Annual administration report of the Civil Veterinary Department of India - 1896-1897
Year: 1896
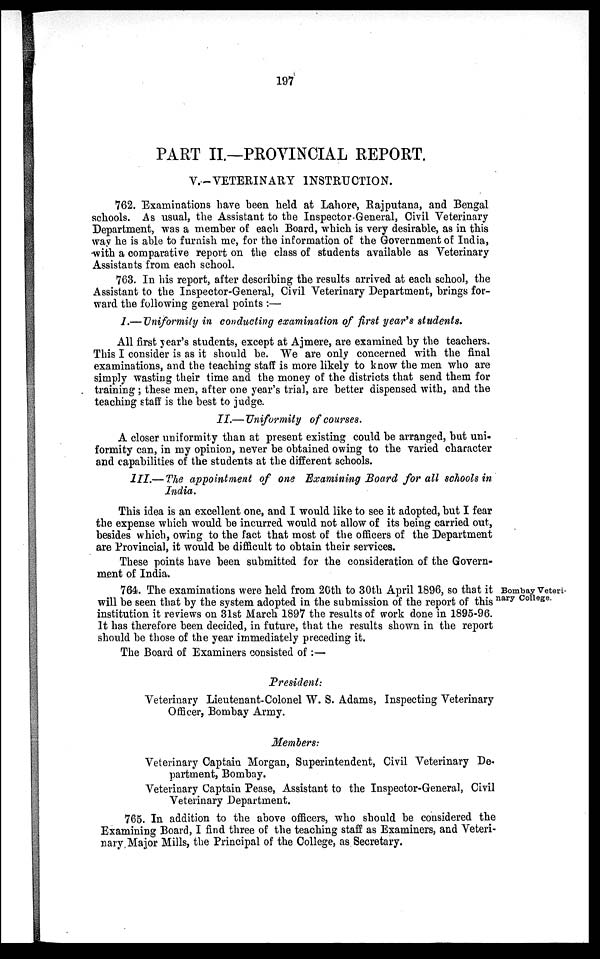
197
PART II.—PROVINCIAL REPORT.
V.—VETERINARY INSTRUCTION.
762. Examinations have been held at Lahore, Rajputana, and Bengal
schools. As usual, the Assistant to the Inspector-General, Civil Veterinary
Department, was a member of each Board, which is very desirable, as in this
way he is able to furnish me, for the information of the Government of India,
with a comparative report on the class of students available as Veterinary
Assistants from each school.
763. In his report, after describing the results arrived at each school, the
Assistant to the Inspector-General, Civil Veterinary Department, brings for-
ward the following general points:—
I.—Uniformity in conducting examination of first year's students.
All first year's students, except at Ajmere, are examined by the teachers.
This I consider is as it should be. We are only concerned with the final
examinations, and the teaching staff is more likely to know the men who are
simply wasting their time and the money of the districts that send them for
training; these men, after one year's trial, are better dispensed with, and the
teaching staff is the best to judge.
II.—Uniformity
of courses.
A closer uniformity than at present existing could be arranged, but uni-
formity can, in my opinion, never be obtained owing to the varied character
and capabilities of the students at the different schools.
III.—The appointment of one Examining Board for all schools in
India.
This idea is an excellent one, and I would like to see it adopted, but I fear
the expense which would be incurred would not allow of its being carried out,
besides which, owing to the fact that most of the officers of the Department
are Provincial, it would be difficult to obtain their services.
These points have been submitted for the consideration of the Govern-
ment of India.
Bombay Veteri-
nary College.
764. The examinations were held from 20th to 30th April 1896, so that it
will be seen that by the system adopted in the submission of the report of this
institution it reviews on 31st March 1897 the results of work done in 1895-96.
It has therefore been decided, in future, that the results shown in the report
should be those of the year immediately preceding it.
The Board of Examiners consisted of :—
President:
Veterinary Lieutenant-Colonel W. S. Adams, Inspecting Veterinary
Officer, Bombay Army.
Members:
Veterinary Captain Morgan, Superintendent, Civil Veterinary De-
partment, Bombay.
Veterinary Captain Pease, Assistant to the Inspector-General, Civil
Veterinary Department.
765. In addition to the above officers, who should be considered the
Examining Board, I find three of the teaching staff as Examiners, and Veteri-
nary Major Mills, the Principal of the College, as Secretary.